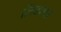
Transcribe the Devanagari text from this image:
लिंडबर्घ